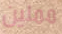
مملين